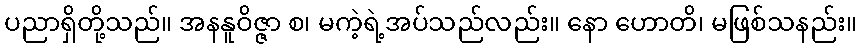
ပညာရှိတို့သည်။ အနနူဝိဇ္ဇာ စ၊ မကဲ့ရဲ့အပ်သည်လည်း။ နော ဟောတိ၊ မဖြစ်သနည်း။